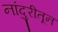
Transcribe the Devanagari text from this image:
नांदुरीतून